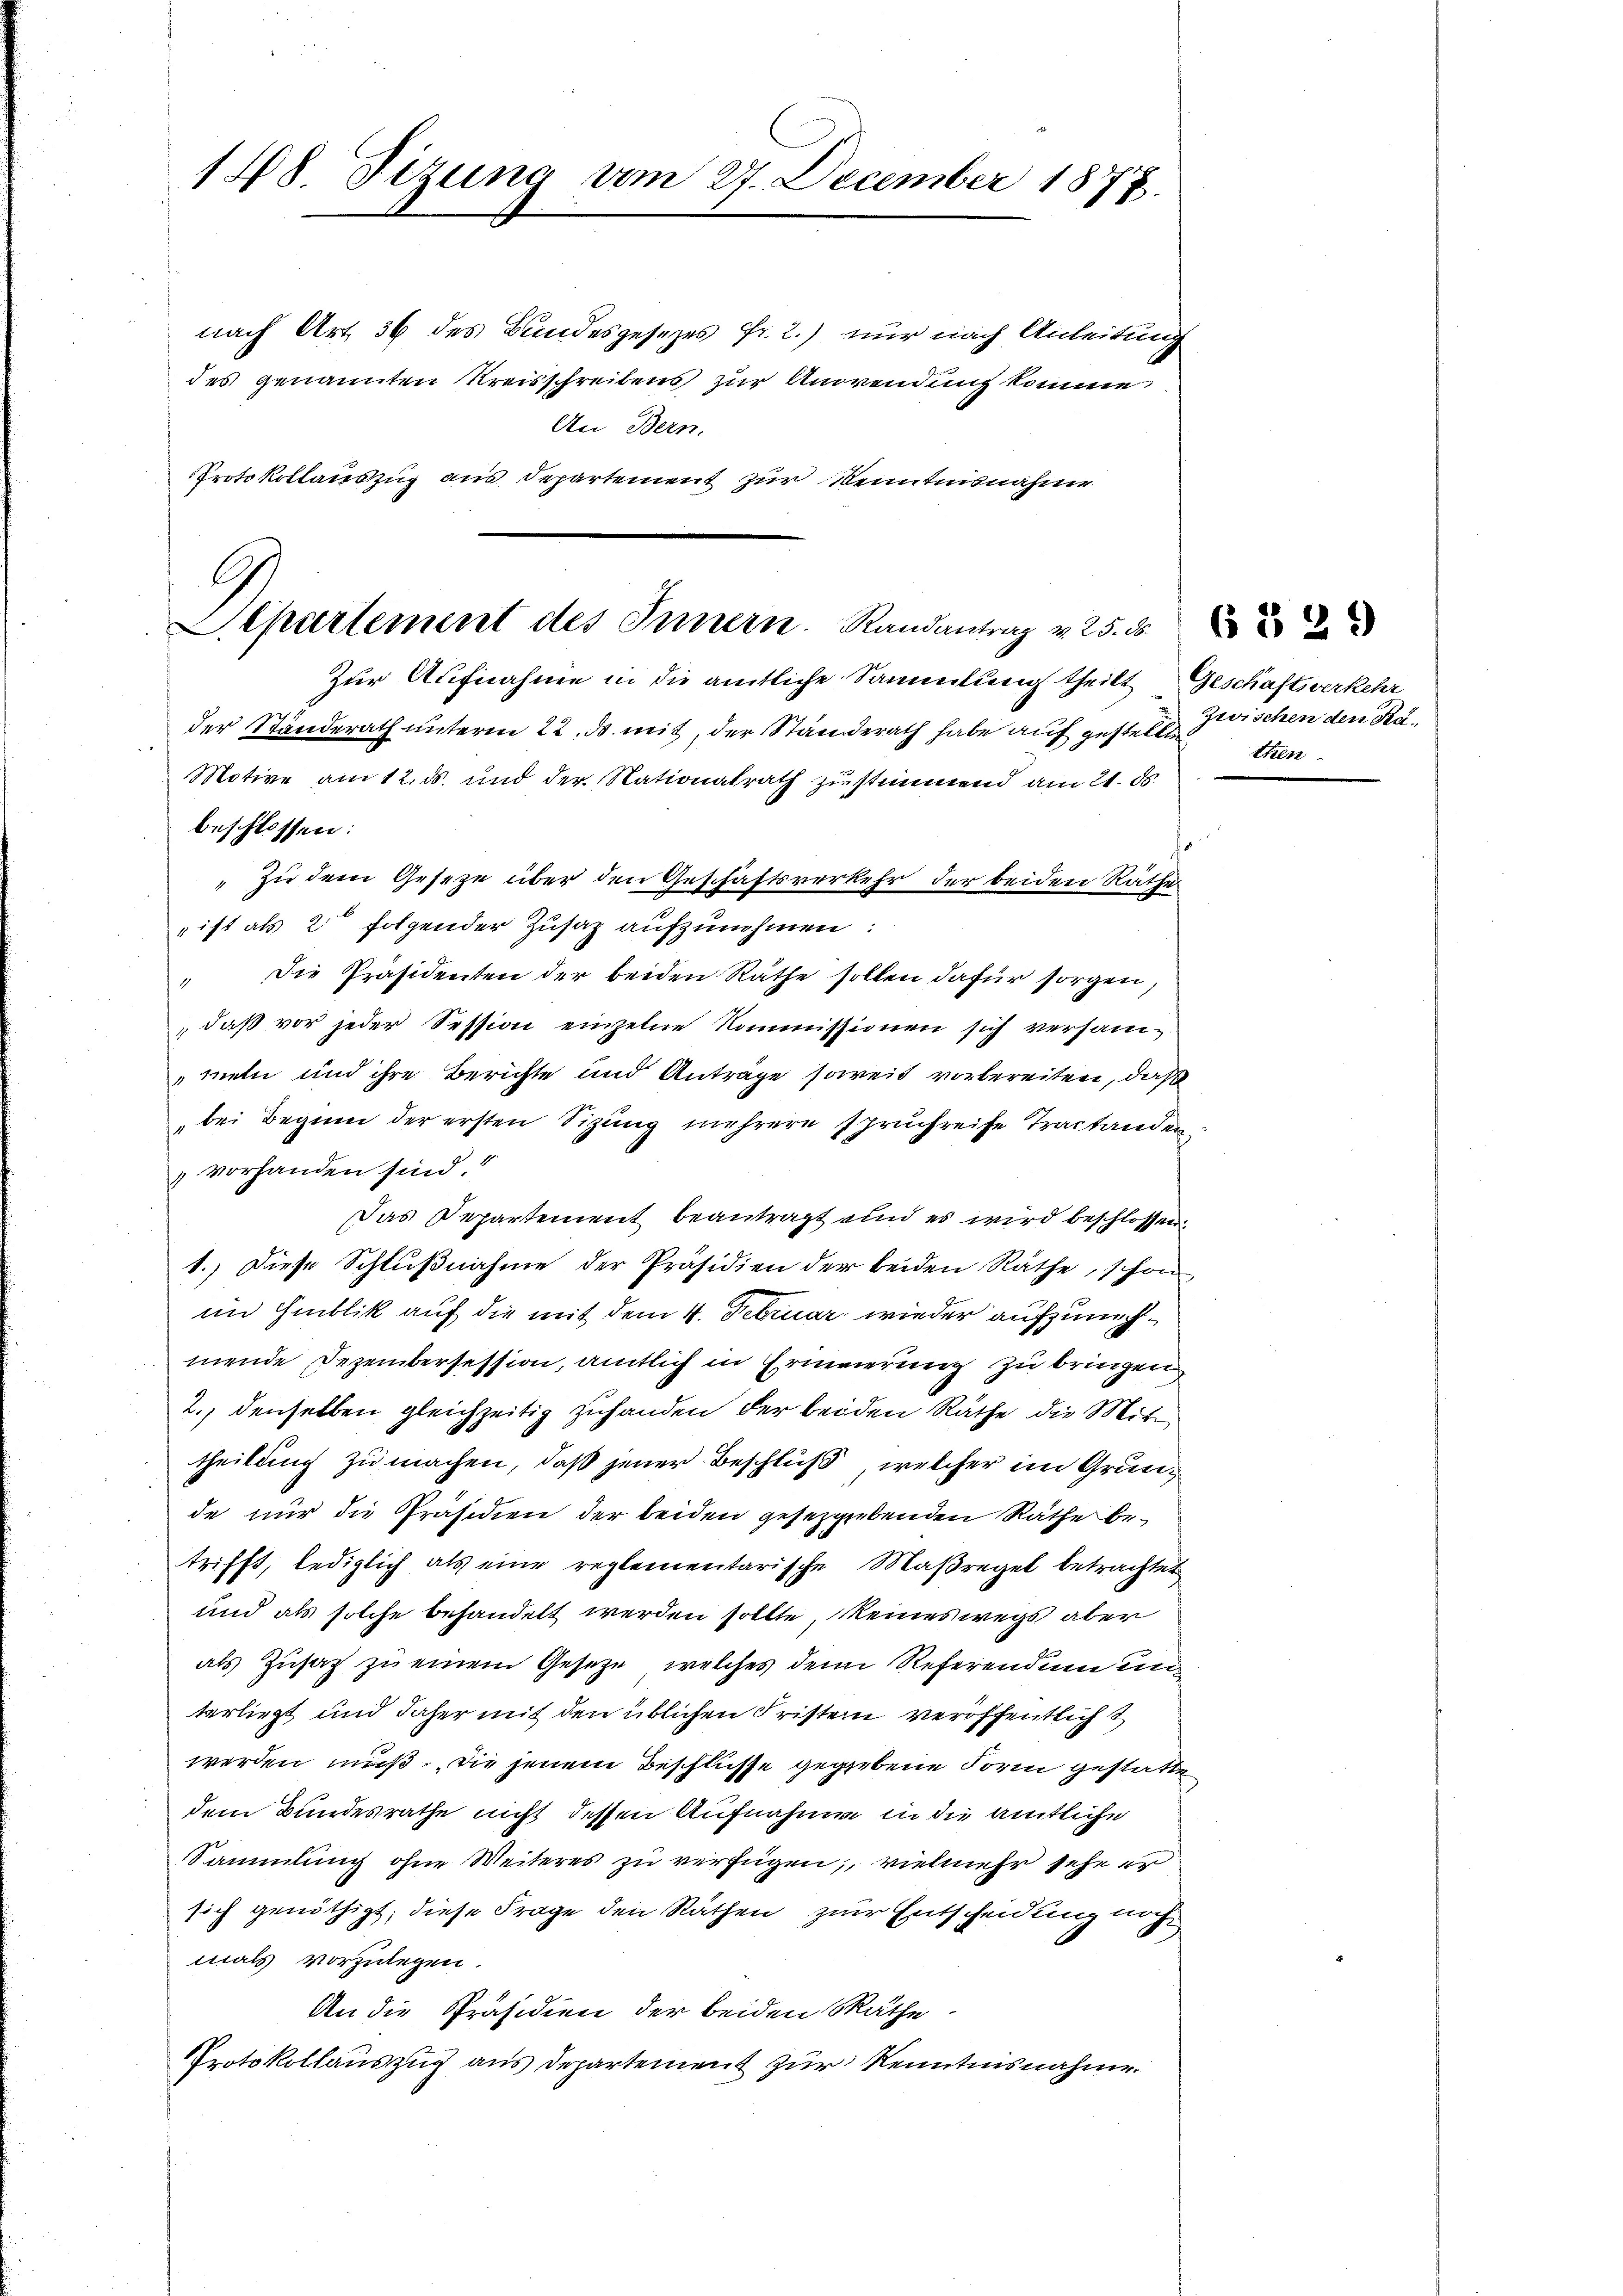
148. Sizung vom 27. December 1877.

nach Art. 36 des Bundesgesezes Fr. 2.) nur nach Anleitung
des genannten Kreisschreibens zur Anwendung komme
An Bern.
Protokollauszug aus Departement zur Kenntnisnahme
der Standerath unterm 22. ds. mit, der Standerath habe auf gestellte ihn
Motive am 12. ds. und der Nationalrath zustimmend am 21. ds.
beschlossen:
" zu dem Gesetze über den Geschäftsverkehr der beiden Rathe
ist als 2 folgender Zusaz aufzunehmen:
" die Präsidenten der beiden Räthe sollen dafür sorgen,
daß vor jeder Session einzelne Kommissionen sich versammeln und ihre Berichte und Anträge soweit vorbereiten, daß
bei Beginn der ersten Sizung mehrere spruchreife Tractanden
 vorhanden sind.
Das Departement beantragt und es wird beschlossen,
1.) Diese Schlußnahme der Präsidien der beiden Räthe, schon
im Hiblik auf die mit dem 4. Februar wieder aufzunehmende Dezembersession, amtlich in Erinnerung zu bringen
2.) denselben gleichzeitig zuhanden der beiden Räthe die Mittheilung zu machen, daß jener Beschluß, welcher im Grunde nur die Präsidien der beiden gesetzgebenden Räthe betrifft, lediglich als eine reglementarische Maßregel betrachtet
und als solche behandelt werden sollte, keineswegs aber
als Zusatz zu einem Gesetze, welches dem Referendum un
terliegt und daher mit den üblichen Fristern veröffentlich t
werden muß. Die jenem Beschlüsse gegebene Form gestatten
dem Bundesrathe nicht dessen Aufnahme in die amtliche
SSammlung ohne Weiteres zu verfügen, vielmehr sehe er
sich genöthigt, diese Frage den Räthen zur Entscheidung noch
mals vorzulegen.
An die Präsidien der beiden Räthe
Protokollauszug aus Departement zur Kenntnisnahme.

.
Separtement des Innern. Randantrag v. 25. ds
Zur Aufnahme in die amtliche Sammlung theilt, Geschäftsverkehr

Zwischen den Ra¬

6 § 24